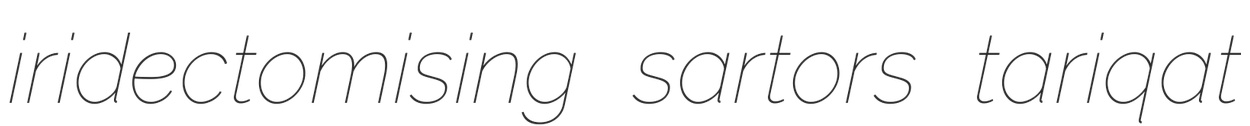
iridectomising sartors tariqat